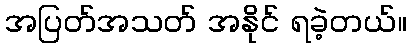
အပြတ်အသတ် အနိုင် ရခဲ့တယ်။